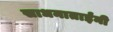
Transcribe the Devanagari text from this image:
साधनाताईंनी